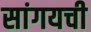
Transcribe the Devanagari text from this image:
सांगयची